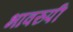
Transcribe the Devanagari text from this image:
भावरुपी